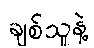
ချစ်သူနဲ့